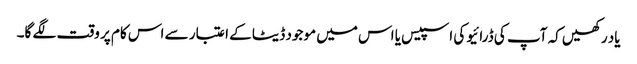
یاد رکھیں کہ آپ کی ڈرائیو کی اسپیس یا اس میں موجود ڈیٹا کے اعتبار سے اس کام پر وقت لگے گا۔